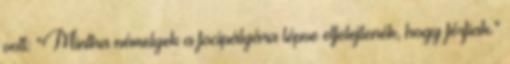
volt: “Mintha némelyek a focipályára lépve elfelejtenék, hogy férfiak.”